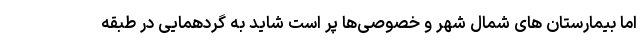
اما بیمارستان های شمال شهر و خصوصی‌ها پر است شاید به گردهمایی در طبقه